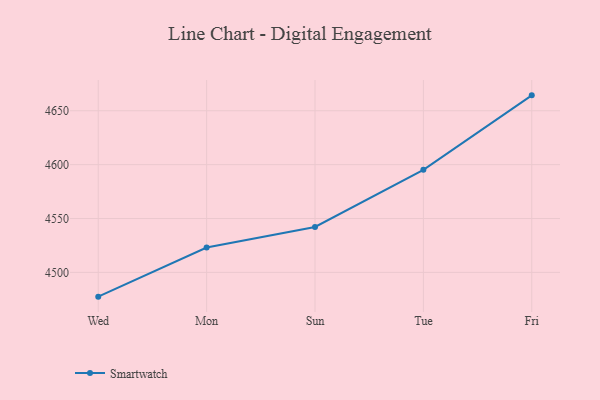
{"axis": {"x": "Day", "y": "Population (Million)"}, "legend": ["Smartwatch"], "data": [{"x": "Wed", "y": 4477.5, "type": "Smartwatch"}, {"x": "Mon", "y": 4523.1, "type": "Smartwatch"}, {"x": "Sun", "y": 4542.2, "type": "Smartwatch"}, {"x": "Tue", "y": 4595.2, "type": "Smartwatch"}, {"x": "Fri", "y": 4664.3, "type": "Smartwatch"}]}